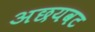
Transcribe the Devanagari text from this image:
अछयवट